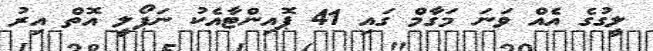
ލީގުގެ އެއް ވަނަ މަގާމް ގައި 41 ޕޮއިންޓާއެކު ނަޕޯލީ އޮތް އިރު